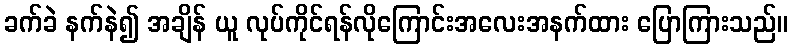
ခက်ခဲ နက်နဲ၍ အချိန် ယူ လုပ်ကိုင်ရန်လိုကြောင်းအလေးအနက်ထား ပြောကြားသည်။